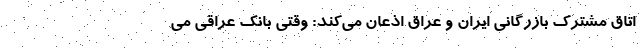
اتاق مشترک بازرگانی ایران و عراق اذعان می‌کند: وقتی بانک عراقی می